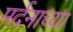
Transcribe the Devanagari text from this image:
मर्दनाच्या